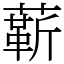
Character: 龩